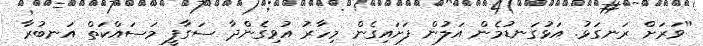
''ވަރަށް ރަނގަޅު. އަޅުގަނޑުމެން އަލުން ފަށައިގެން މިހާރު އުވިގެންދާ ސަގާފީ މަސައްކަތް އަނބުރާ